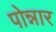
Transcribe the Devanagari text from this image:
पोन्नार